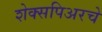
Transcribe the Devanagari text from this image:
शेक्सपिअरचे